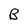
Character: B